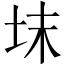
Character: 𡊉